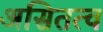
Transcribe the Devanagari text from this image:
असितत्व